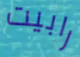
رابيت